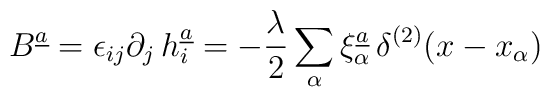
B^{\underline{a}} = \epsilon_{ij} \partial_j \, h^{\underline{a}}_{i} =- {\lambda \over 2} \sum\limits_{\alpha}  \xi_{\alpha}^{\underline{a}}\,\delta^{(2)}(x -x_{\alpha} )